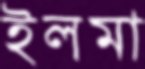
ইলমা